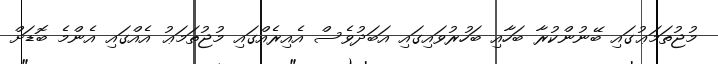
މުޖުތަމަޢުގައި ބޭނުންކުރާ ބަހާއި ބަހުރުވައިގައި އަބަދުވެސް އެއިރެއްގައި މުޖުތަމަޢު އެއްގައި އެންމެ ބޮޑަށް